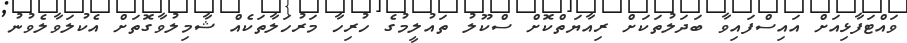
ވައްޓަފާޅިއަށް އައިސްފައިވާ ބަދަލުތަކަށް ރިއާޔަތްކޮށް ސްކޫލު ތައުލީމުގެ ހުރިހާ މަރުހަލާތަކެއް ޝާމިލުވާގޮތަށް އެކުލަވާލެވުނު